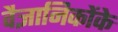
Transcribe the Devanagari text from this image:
वैज्ञानिकोंके